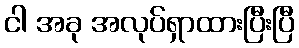
ငါ အခု အလုပ်ရှာထားပြီးပြီ